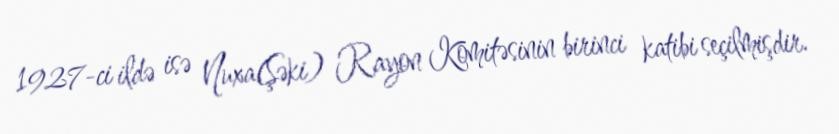
1927-ci ildə isə Nuxa(Şəki) Rayon Komitəsinin birinci katibi seçilmişdir.